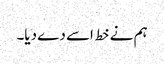
ہم نے خط اسے دے دیا۔